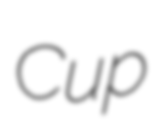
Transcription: Cup